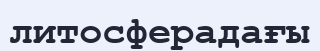
литосферадағы